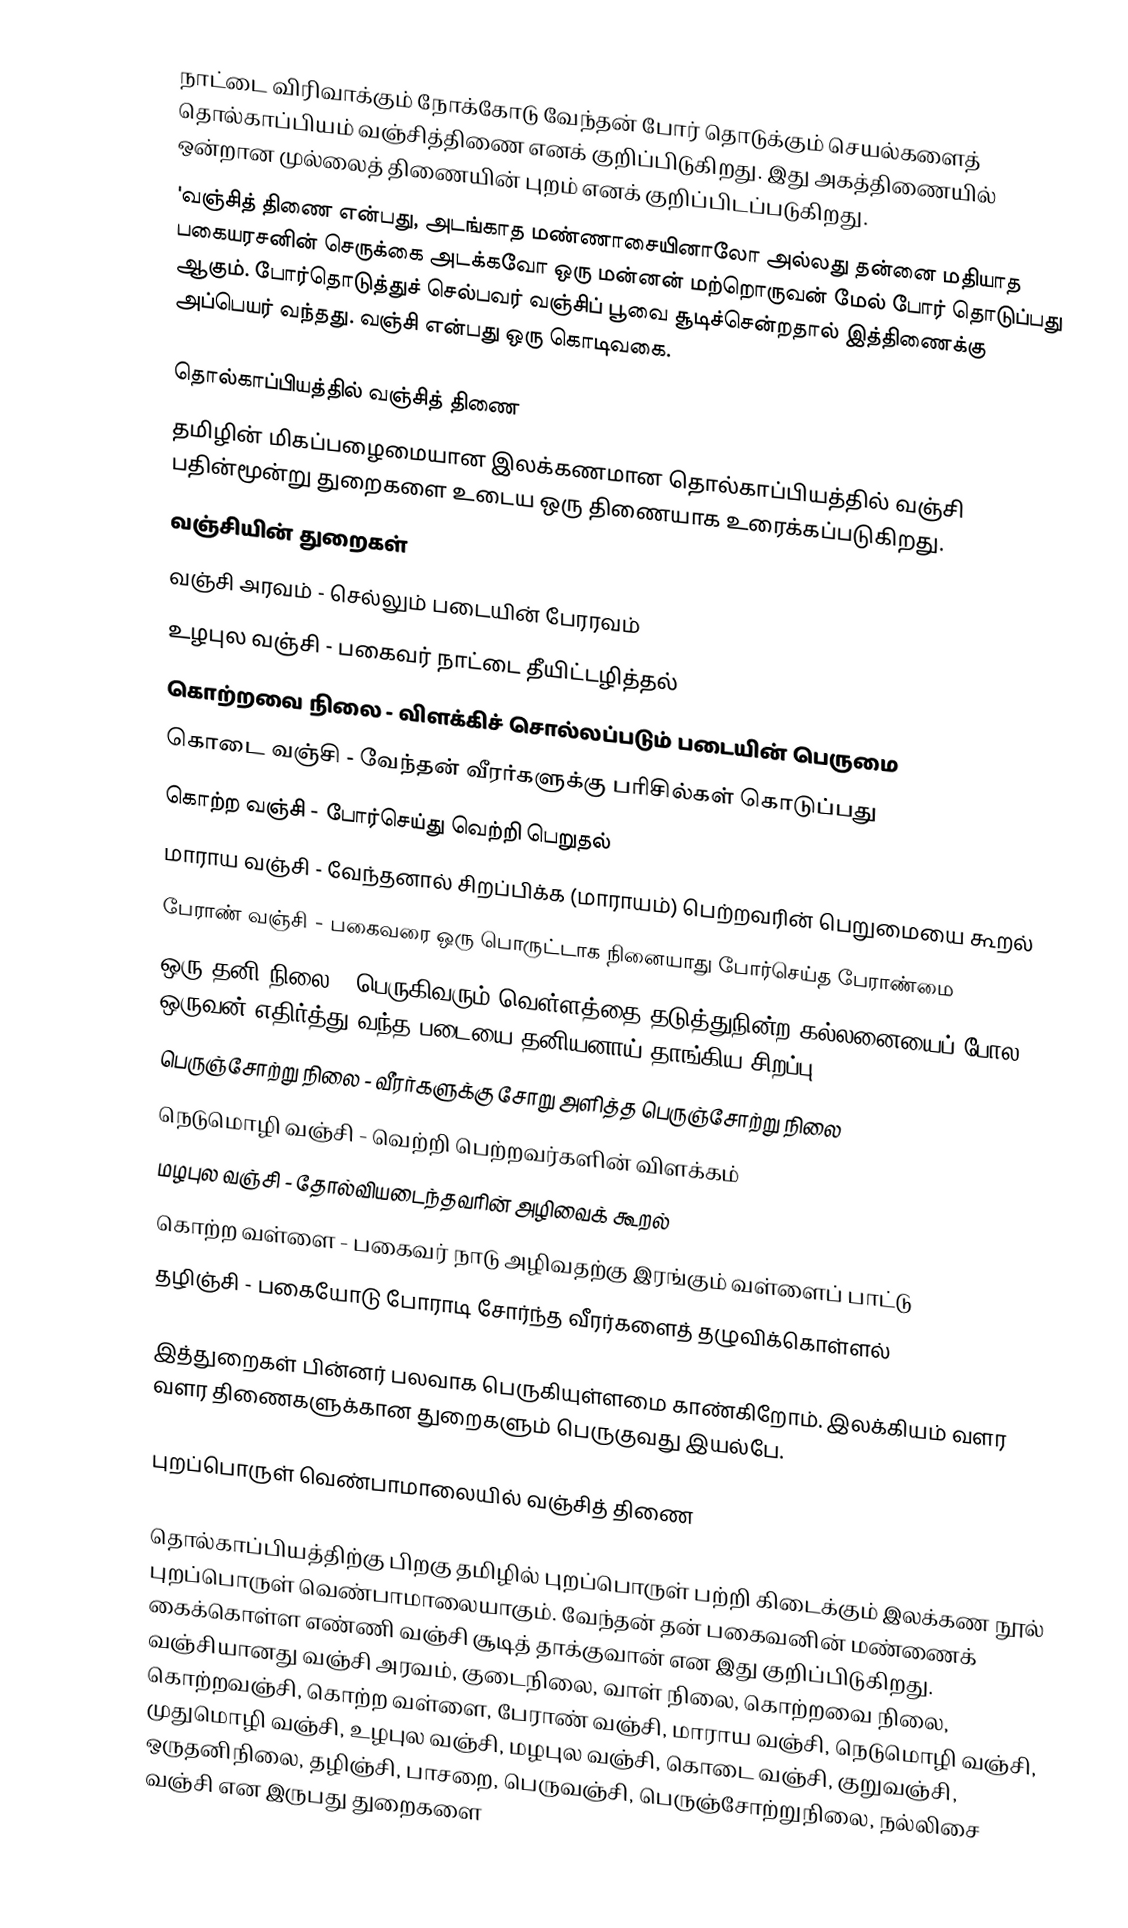
நாட்டை விரிவாக்கும் நோக்கோடு வேந்தன் போர் தொடுக்கும் செயல்களைத் தொல்காப்பியம் வஞ்சித்திணை எனக் குறிப்பிடுகிறது. இது அகத்திணையில் ஒன்றான முல்லைத் திணையின் புறம் எனக் குறிப்பிடப்படுகிறது.
'வஞ்சித் திணை என்பது, அடங்காத மண்ணாசையினாலோ அல்லது தன்னை மதியாத பகையரசனின் செருக்கை அடக்கவோ ஒரு மன்னன் மற்றொருவன் மேல் போர் தொடுப்பது ஆகும். போர்தொடுத்துச் செல்பவர் வஞ்சிப் பூவை சூடிச்சென்றதால் இத்திணைக்கு அப்பெயர் வந்தது. வஞ்சி என்பது ஒரு கொடிவகை.

தொல்காப்பியத்தில் வஞ்சித் திணை
தமிழின் மிகப்பழைமையான இலக்கணமான தொல்காப்பியத்தில் வஞ்சி பதின்மூன்று துறைகளை  உடைய ஒரு திணையாக உரைக்கப்படுகிறது.
 வஞ்சியின் துறைகள்
 வஞ்சி அரவம் - செல்லும் படையின் பேரரவம்
 உழபுல வஞ்சி - பகைவர் நாட்டை தீயிட்டழித்தல்
 கொற்றவை நிலை - விளக்கிச் சொல்லப்படும் படையின் பெருமை
 கொடை வஞ்சி - வேந்தன் வீரர்களுக்கு பரிசில்கள் கொடுப்பது
 கொற்ற வஞ்சி - போர்செய்து வெற்றி பெறுதல்
 மாராய வஞ்சி - வேந்தனால் சிறப்பிக்க (மாராயம்) பெற்றவரின் பெறுமையை கூறல்
 பேராண் வஞ்சி - பகைவரை ஒரு பொருட்டாக நினையாது போர்செய்த பேராண்மை
 ஒரு தனி நிலை - பெருகிவரும் வெள்ளத்தை தடுத்துநின்ற கல்லனையைப் போல ஒருவன் எதிர்த்து வந்த படையை தனியனாய் தாங்கிய சிறப்பு
 பெருஞ்சோற்று நிலை - வீரர்களுக்கு சோறு அளித்த பெருஞ்சோற்று நிலை
 நெடுமொழி வஞ்சி - வெற்றி பெற்றவர்களின் விளக்கம்
 மழபுல வஞ்சி - தோல்வியடைந்தவரின் அழிவைக் கூறல்
 கொற்ற வள்ளை - பகைவர் நாடு அழிவதற்கு இரங்கும் வள்ளைப் பாட்டு
 தழிஞ்சி - பகையோடு போராடி சோர்ந்த வீரர்களைத் தழுவிக்கொள்ளல்

இத்துறைகள் பின்னர் பலவாக பெருகியுள்ளமை காண்கிறோம். இலக்கியம் வளர வளர திணைகளுக்கான துறைகளும் பெருகுவது இயல்பே.

புறப்பொருள் வெண்பாமாலையில் வஞ்சித் திணை

தொல்காப்பியத்திற்கு பிறகு தமிழில் புறப்பொருள் பற்றி கிடைக்கும் இலக்கண நூல் புறப்பொருள் வெண்பாமாலையாகும். வேந்தன் தன் பகைவனின் மண்ணைக் கைக்கொள்ள எண்ணி வஞ்சி சூடித் தாக்குவான் என இது குறிப்பிடுகிறது. வஞ்சியானது வஞ்சி அரவம், குடைநிலை, வாள் நிலை, கொற்றவை நிலை, கொற்றவஞ்சி, கொற்ற வள்ளை, பேராண் வஞ்சி, மாராய வஞ்சி, நெடுமொழி வஞ்சி, முதுமொழி வஞ்சி, உழபுல வஞ்சி, மழபுல வஞ்சி, கொடை வஞ்சி, குறுவஞ்சி, ஒருதனிநிலை, தழிஞ்சி, பாசறை, பெருவஞ்சி, பெருஞ்சோற்றுநிலை, நல்லிசை வஞ்சி என இருபது துறைகளை